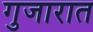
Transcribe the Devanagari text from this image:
गुजारात